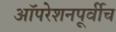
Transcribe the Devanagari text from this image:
ऑपरेशनपूर्वीच